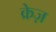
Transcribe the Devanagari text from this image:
क्रेज़